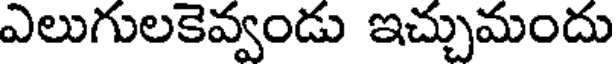
ఎలుగులకెవ్వండు ఇచ్చుమందు